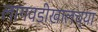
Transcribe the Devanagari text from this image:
लागवडीखालच्या